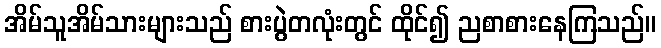
အိမ်သူအိမ်သားများသည် စားပွဲတလုံးတွင် ထိုင်၍ ညစာစားနေကြသည်။